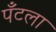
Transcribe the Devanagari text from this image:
पँटला